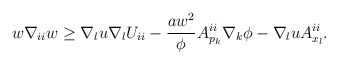
\begin{align*}\begin{aligned}w \nabla_{ii} w \geq \nabla_{l} u \nabla_l U_{ii} - \frac{a w^2}{\phi} A^{ii}_{p_{k}} \nabla_{k} \phi - \nabla_l u A^{ii}_{x_l}.\end{aligned}\end{align*}